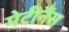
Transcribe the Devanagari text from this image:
मेटीनैंस